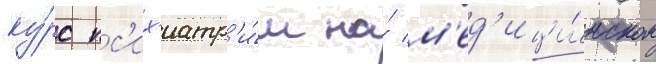
ку́рс пс'их'иатр'и́и на́ м'ед'ици́нском